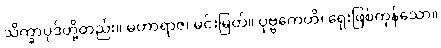
သိက္ခာပုဒ်တို့တည်း။ မဟာရာဇ၊ မင်းမြတ်။ ပုဗ္ဗကေဟိ၊ ရှေးဖြစ်ကုန်သော။